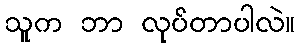
သူက ဘာ လုပ်တာပါလဲ။